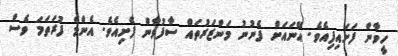
ހީވާން ފަށައިފިއެވެ. އޭނައަށް ފެނުނު މަންޒަރުތައް ސާފުވާން ފެށިއެވެ. އެންމެ ފުރަތަމަ ވެސް